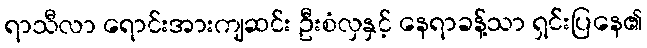
ရာသီလာ ရောင်းအားကျဆင်း ဦးစံလှနှင့် နေရာခန့်သာ ရှင်းပြနေ၏